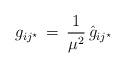
LaTeX: \begin{align*}g_{ij^\star} \, = \, {1\over{\mu^2}} \, {\hat g}_{ij^\star}\end{align*}